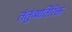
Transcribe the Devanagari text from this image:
तंतुंव्यतिरिक्त